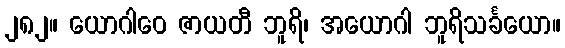
၂၈၂။ ယောဂါဝေ ဇာယတီ ဘူရိ၊ အယောဂါ ဘူရိသင်္ခယော။